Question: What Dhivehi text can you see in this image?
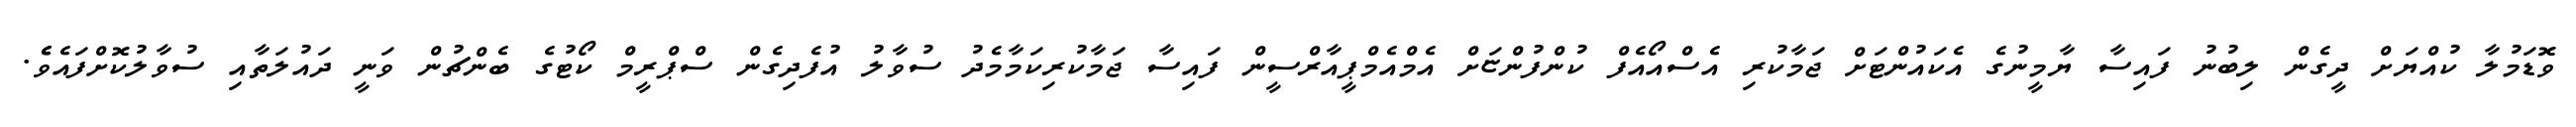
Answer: ވޮޑަމުލާ ކުއްޔަށް ދީގެން ލިބުނު ފައިސާ ޔާމީނުގެ އެކައުންޓަށް ޖަމާކުރި އެސްއޯއެފް ކުންފުންޏަށް އެމްއެމްޕީއާރްސީން ފައިސާ ޖަމާކުރިކަމާމެދު ސުވާލު އުފެދިގެން ސްޕްރީމް ކޯޓުގެ ބެންޗުން ވަނީ ދައުލަތާއި ސުވާލުކޮށްފައެވެެ.